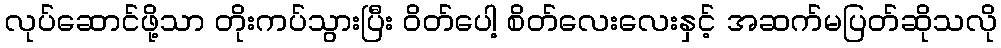
လုပ်ဆောင်ဖို့သာ တိုးကပ်သွားပြီး ဝိတ်ပေါ့ စိတ်လေးလေးနှင့် အဆက်မပြတ်ဆိုသလို